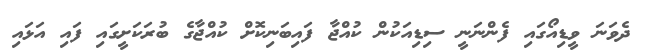
ދެވަނަ ވީޑިއޯގައި ފެންނަނީ ސިޑިއަކުން ކުއްޖާ ފައިބަނިކޮށް ކުއްޖާގެ ބުރަކަށީގައި ފައި އަޅައި